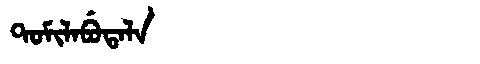
Manchu: ᡨᠣᠮᡳᠯᠠᠪᡠᡨᠠᠯᠠ
Romanization: TOMILABUTALA